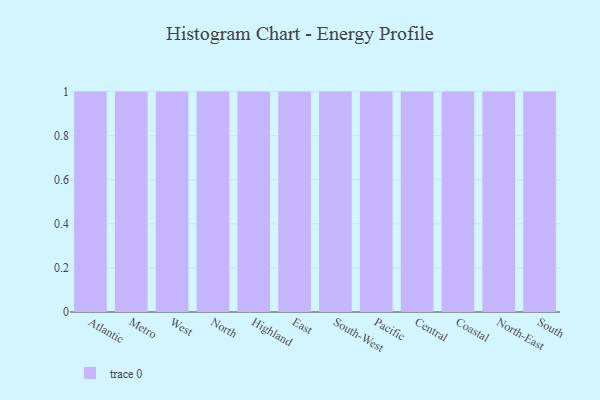
{"axis": {"x": "Region", "y": "Operating Costs (USD K)"}, "legend": [""], "data": [{"x": "Atlantic", "y": 85, "type": ""}, {"x": "Metro", "y": 29, "type": ""}, {"x": "West", "y": 60, "type": ""}, {"x": "North", "y": 85, "type": ""}, {"x": "Highland", "y": 14, "type": ""}, {"x": "East", "y": 72, "type": ""}, {"x": "South-West", "y": 14, "type": ""}, {"x": "Pacific", "y": 16, "type": ""}, {"x": "Central", "y": 61, "type": ""}, {"x": "Coastal", "y": 100, "type": ""}, {"x": "North-East", "y": 37, "type": ""}, {"x": "South", "y": 23, "type": ""}]}